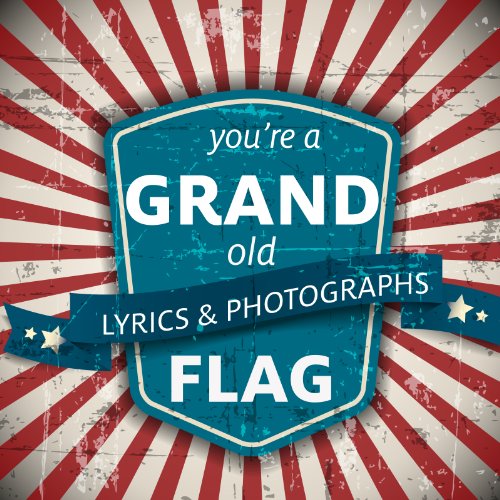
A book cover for You're a Grand Old Flag: A Patriotic Book based on the Classic Song (4th of July Favorites for all ages); George M. Cohen; Children's Books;